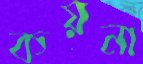
কয়না